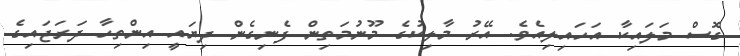
ގޮސް މަލައިކާ އަހައިލިއެވެ. އޭރު މާލިކުގެ މޫނުމަތިން ފެނިގެން ދިޔައީ އިންތިހާ ދަރަޖައިގެ